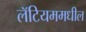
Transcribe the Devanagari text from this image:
लॅटियममधील